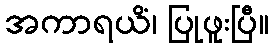
အကာရယိံ၊ ပြုဖူးပြီ။